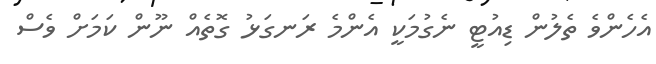
އެހެންވެ ތެލުން ޑިއުޓީ ނެގުމަކީ އެންމެ ރަނގަޅު ގޮތެއް ނޫން ކަމަށް ވެސް